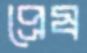
প্রেষ